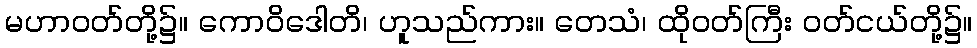
မဟာဝတ်တို့၌။ ကောဝိဒေါတိ၊ ဟူသည်ကား။ တေသံ၊ ထိုဝတ်ကြီး ဝတ်ငယ်တို့၌။